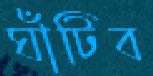
ঘাঁটিব